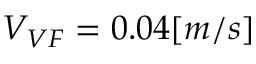
V _ { V F } = 0 . 0 4 [ m / s ]